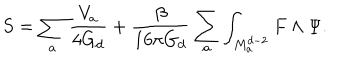
S = \sum _ { a } \frac { V _ { a } } { 4 G _ { d } } + \frac { \beta } { 1 6 \pi G _ { d } } \sum _ { a } \int _ { M _ { a } ^ { d - 2 } } F \wedge \Psi .